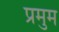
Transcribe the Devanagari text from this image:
प्रमुम